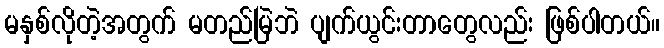
မနှစ်လိုတဲ့အတွက် မတည်မြဲဘဲ ပျက်ယွင်းတာတွေလည်း ဖြစ်ပါတယ်။